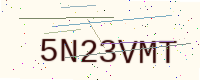
Text: 5N23VMT